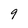
Character: 9